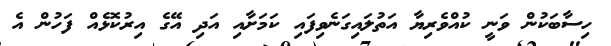
ހިސާބަކުން ވަނީ ކުއްވެރިޔާ އަތުލައިގަނެވިފައި ކަމަށާއި އަދި އޭގެ އިރުކޮޅެއް ފަހުން އެ